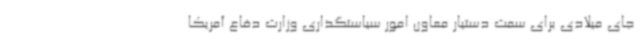
جای میلادی برای سمت دستیار معاون امور سیاستگذاری وزارت دفاع آمریکا